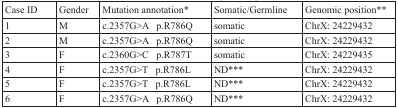
<table><thead><tr><td><b>Case ID</b></td><td><b>Gender</b></td><td><b>Mutation annotation*</b></td><td><b>Somatic/Germline</b></td><td><b>Genomic position**</b></td></tr></thead><tbody><tr><td>1</td><td>M</td><td>c.2357G&gt;A p.R786Q</td><td>somatic</td><td>ChrX: 24229432</td></tr><tr><td>2</td><td>M</td><td>c.2357G&gt;A p.R786Q</td><td>somatic</td><td>ChrX: 24229432</td></tr><tr><td>3</td><td>F</td><td>c.2360G&gt;C p.R787T</td><td>somatic</td><td>ChrX: 24229435</td></tr><tr><td>4</td><td>F</td><td>c.2357G&gt;T p.R786L</td><td>ND***</td><td>ChrX: 24229432</td></tr><tr><td>5</td><td>F</td><td>c.2357G&gt;T p.R786L</td><td>ND***</td><td>ChrX: 24229432</td></tr><tr><td>6</td><td>F</td><td>c.2357G&gt;A p.R786Q</td><td>ND***</td><td>ChrX: 24229432</td></tr></tbody></table>